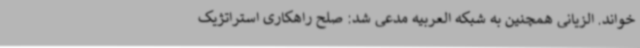
خواند. الزیانی همچنین به شبکه العربیه مدعی شد: صلح راهکاری استراتژیک